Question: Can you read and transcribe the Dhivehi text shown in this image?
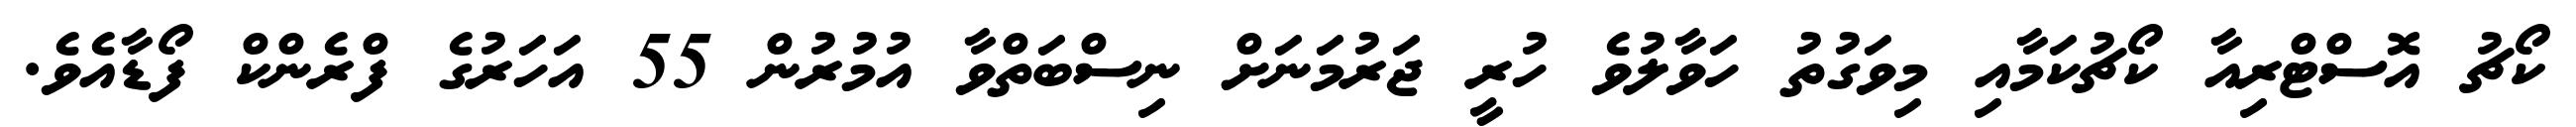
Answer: ކޯޗު އޮސްޓްރިއާ ކޯޗުކަމާއި މިވަގުތު ހަވާލުވެ ހުރީ ޖަރުމަނަށް ނިސްބަތްވާ އުމުރުން 55 އަހަރުގެ ފްރެންކް ފޯޑާއެވެ.